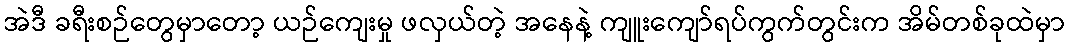
အဲဒီ ခရီးစဉ်တွေမှာတော့ ယဉ်ကျေးမှု ဖလှယ်တဲ့ အနေနဲ့ ကျူးကျော်ရပ်ကွက်တွင်းက အိမ်တစ်ခုထဲမှာ